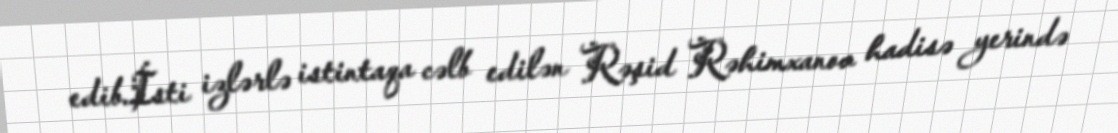
edib.İsti izlərlə istintaqa cəlb edilən Rəşid Rəhimxanov hadisə yerində